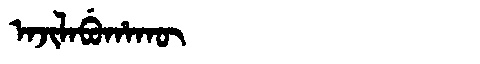
Manchu: ᠠᠵᡳᠯᠠᠪᡠᡥᠠᡴᡡ
Romanization: AJILABUHAKŪ